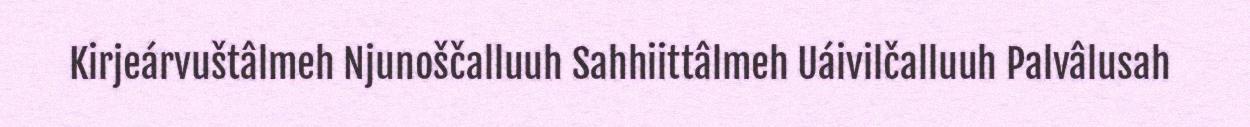
Kirjeárvuštâlmeh Njunoščalluuh Sahhiittâlmeh Uáivilčalluuh Palvâlusah